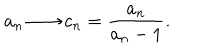
a _ { n } \longrightarrow c _ { n } = \frac { a _ { n } } { a _ { n } - 1 } .